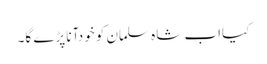
﻿﻿ کیااب شاہ سلمان کو خودآنا پڑے گا۔